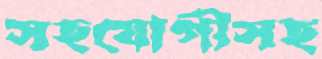
সহযোগীসহ